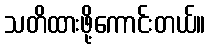
သတိထားဖို့ကောင်းတယ်။